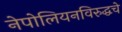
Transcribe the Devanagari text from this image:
नेपोलियनविरुद्धचे